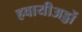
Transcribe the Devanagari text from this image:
हवायीअड्डों